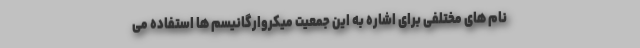
نام های مختلفی برای اشاره به این جمعیت میکروارگانیسم ها استفاده می